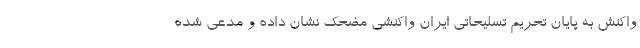
واکنش به پایان تحریم تسلیحاتی ایران واکنشی مضحک نشان داده و مدعی شده